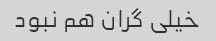
خیلی گران هم نبود